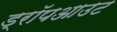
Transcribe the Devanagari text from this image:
ड्रॉपआउट